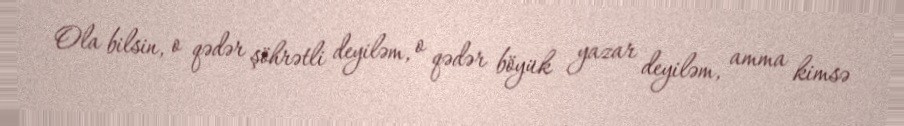
Ola bilsin, o qədər şöhrətli deyiləm, o qədər böyük yazar deyiləm, amma kimsə